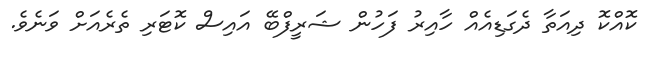
ކޮއްކޮ ދިއަތާ ދެގަޑިއެއް ހާއިރު ފަހުން ޝަރީފްބޭ އައިސް ކޮޓަރި ތެރެއަށް ވަނެވެ.